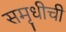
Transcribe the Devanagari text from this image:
समृधीची